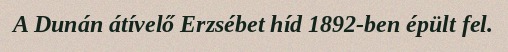
A Dunán átívelő Erzsébet híd 1892-ben épült fel.